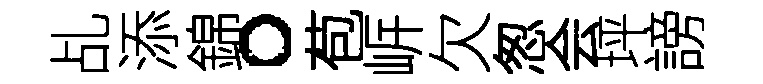
乩添錦。苞㟁欠怱会坪謗